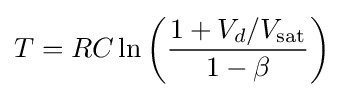
T=RC\ln \left({1+V_{d}/V_{\text{sat}} \over 1-\beta }\right)